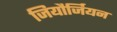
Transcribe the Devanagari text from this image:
जियौर्जियन